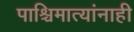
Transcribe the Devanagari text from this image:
पाश्चिमात्यांनाही